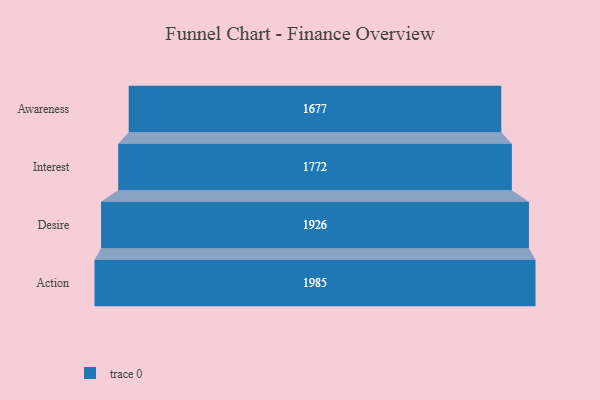
{"axis": {"x": "Stage", "y": "Value"}, "legend": [""], "data": [{"x": "Awareness", "y": 1677.0, "type": ""}, {"x": "Interest", "y": 1772.0, "type": ""}, {"x": "Desire", "y": 1926.0, "type": ""}, {"x": "Action", "y": 1985.0, "type": ""}]}